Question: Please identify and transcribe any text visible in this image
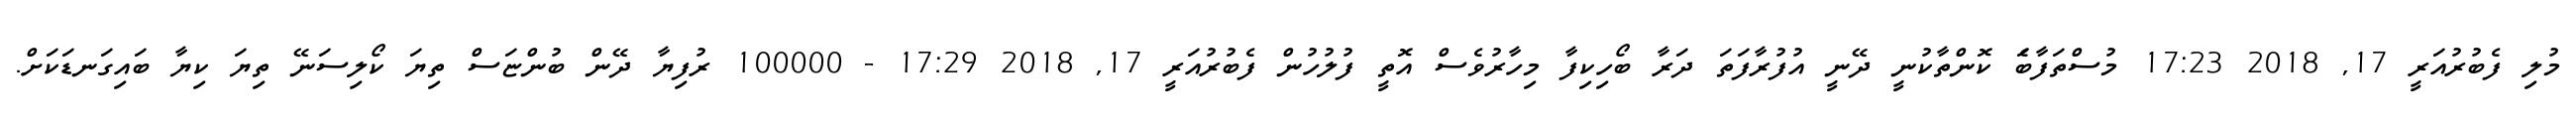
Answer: މުލި ފެބުރުއަރީ 17, 2018 17:23 މުސްތަފާބަެ ކޮންތާކުނީ ދޭނީ އުފުރާފަތަ ދަރާ ބޯހިކިފާ މިހާރުވެސް އޮތީ ފުލުހުން ފެބުރުއަރީ 17, 2018 17:29 - 100000 ރުފިޔާ ދޭން ބުންޏަސް ތިޔަ ކޯލިސަނޭ ތިޔަ ކިޔާ ބައިގަނޑަކަށް.